Vaccination returns of the Province of Eastern Bengal and Assam - 1905-1912
Year: 1905
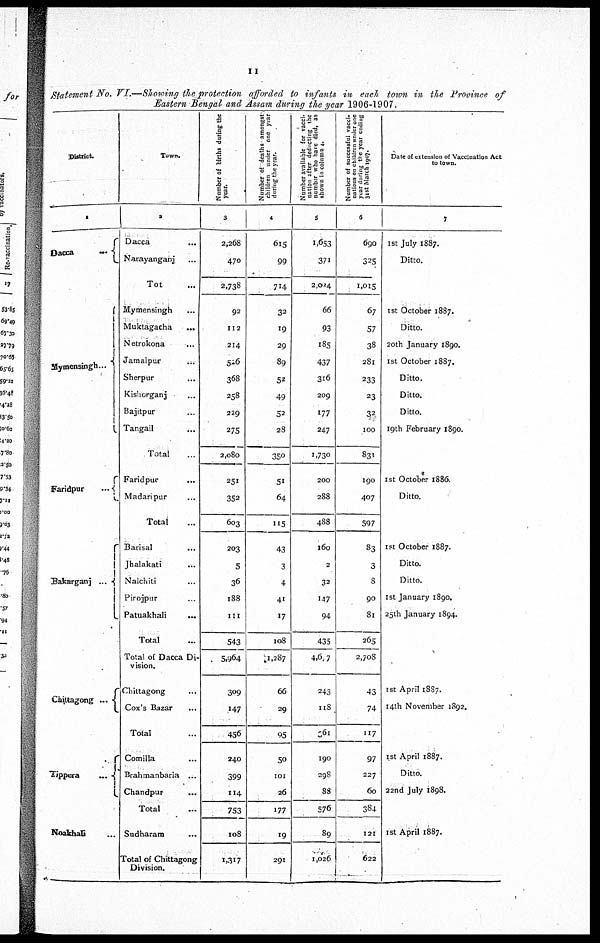
II
Statement No. VI.—Showing the protection afforded to infants in each town in the Province of
Eastern Bengal and Assam during the year 1906-1907.
District.
1
Dacca...
Mymensingh...
Faridpur...
Bakarganj...
Chittagong ...
Tippera...
Noakhali...
Town.
2
Dacca...
Narayanganj...
Tot...
Mymensingh...
Muktagacha...
Netrokona...
Jamalpur...
Sherpur...
Kishorganj...
Bajitpur...
Tangail...
Total...
Faridpur...
Madanpur...
Total...
Barisal...
Jhalakati...
Nalchiti...
Pirojpur...
Patuakhali...
Total...
Total of Dacca Di-
vision.
Chittagong...
Cox's Bazar...
Total...
Comilla...
Brahmanbaria...
Chandpur...
Total...
Sudharam...
Total of Chittagong
Division.
Number of births during the
year.
3
2,268
470
2,738
92
112
214
526
368
258
229
275
2,080
251
352
603
203
5
36
188
111
543
5,964
309
147
456
240
399
114
753
108
1,317
Number of deaths amongst-
children under one year
during the year.
4
615
99
714
32
19
29
89
52
49
52
28
350
51
64
115
43
3
4
41
17
108
1,287
66
29
95
50
101
26
177
19
291
Number available for vacci-
nation after deducting the
number who have died, as
shown in column 4.
5
1,653
371
2,024
66
93
185
437
316
209
177
247
1,730
200
288
488
160
2
32
147
94
435
4,677
243
118
661
190
298
88
576
89
1,026
Number of successful vacci-
nations on children Under one
year during the year ending
31st March 1907.
6
690
325
1,015
67
57
38
281
233
23
32
100
831
190
407
597
83
3
8
90
81
265
2,708
43
74
117
97
227
60
384
121
622
Date of extension of Vaccination Act
to town.
7
1st July 1887.
Ditto.
1st October 1887.
Ditto.
20th January 1890.
1st October 1887.
Ditto.
Ditto.
Ditto.
19th February 1890.
1st October 1886.
Ditto.
1st October 1887.
Ditto.
Ditto.
1st January 1890.
25th January 1894.
1st April 1887.
14th November 1892.
1st April 1887.
Ditto.
22nd July 1898.
1st April 1887.